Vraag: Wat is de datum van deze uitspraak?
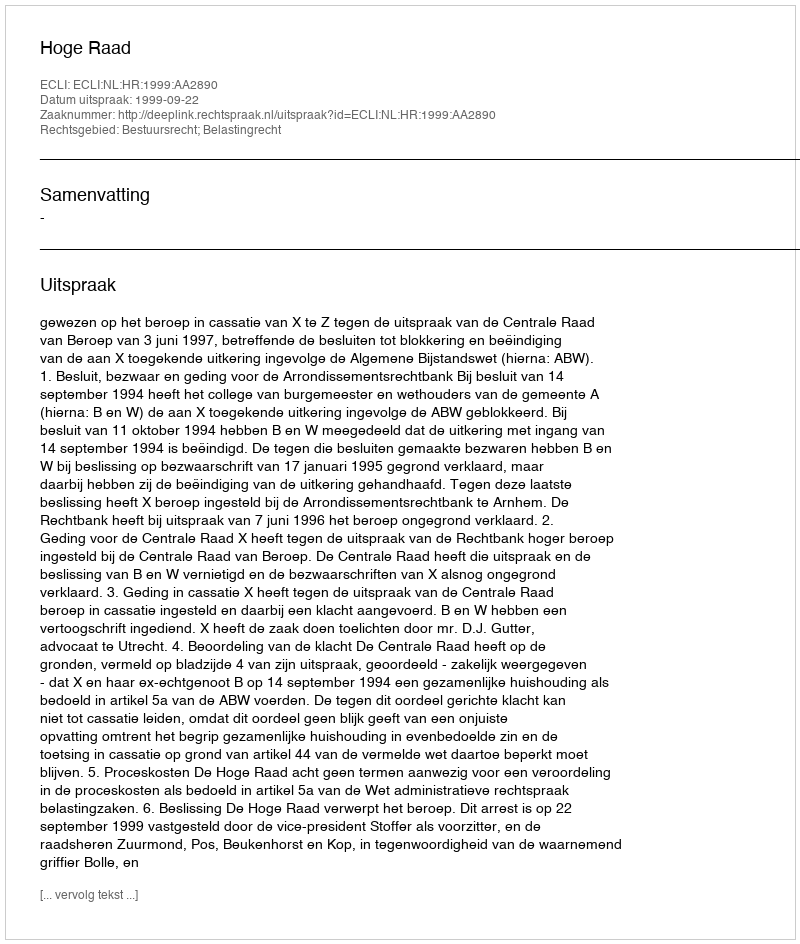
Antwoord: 1999-09-22